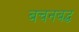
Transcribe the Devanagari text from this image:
बचनबद्ध